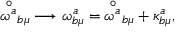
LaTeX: { \stackrel { \circ } { \omega ^ { a } } } _ { b \mu } \longrightarrow \omega _ { b \mu } ^ { a } = { \stackrel { \circ } { \omega ^ { a } } } _ { b \mu } + \kappa _ { b \mu } ^ { a } ,